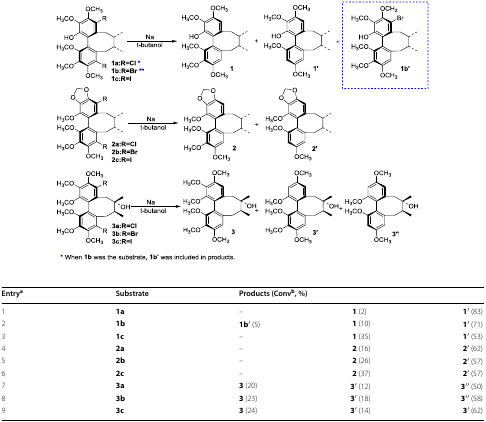
<table><thead><tr><td><b>Entry<sup>a</sup></b></td><td><b>Substrate</b></td><td colspan="3"><b>Products (Conv<sup>b</sup>, %)</b></td></tr></thead><tbody><tr><td>1</td><td><b>1a</b></td><td>–</td><td><b>1</b> (2)</td><td><b>1</b>′ (83)</td></tr><tr><td>2</td><td><b>1b</b></td><td><b>1b</b>′ (5)</td><td><b>1</b> (10)</td><td><b>1</b>′ (71)</td></tr><tr><td>3</td><td><b>1c</b></td><td>–</td><td><b>1</b> (35)</td><td><b>1</b>′ (53)</td></tr><tr><td>4</td><td><b>2a</b></td><td>–</td><td><b>2</b> (16)</td><td><b>2</b>′ (62)</td></tr><tr><td>5</td><td><b>2b</b></td><td>–</td><td><b>2</b> (26)</td><td><b>2</b>′ (57)</td></tr><tr><td>6</td><td><b>2c</b></td><td>–</td><td><b>2</b> (37)</td><td><b>2</b>′ (57)</td></tr><tr><td>7</td><td><b>3a</b></td><td><b>3</b> (20)</td><td><b>3</b>′ (12)</td><td><b>3</b>′′ (50)</td></tr><tr><td>8</td><td><b>3b</b></td><td><b>3</b> (23)</td><td><b>3</b>′ (18)</td><td><b>3</b>′′ (58)</td></tr><tr><td>9</td><td><b>3c</b></td><td><b>3</b> (24)</td><td><b>3</b>′ (14)</td><td><b>3</b>′ (62)</td></tr></tbody></table>